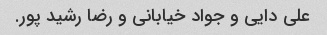
علی دایی و جواد خیابانی و رضا رشید پور.